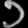
Digit: ၁